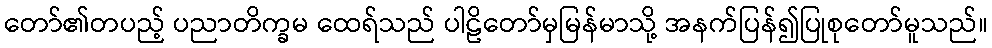
တော်၏တပည့် ပညာတိက္ခမ ထေရ်သည် ပါဠိတော်မှမြန်မာသို့ အနက်ပြန်၍ပြုစုတော်မူသည်။